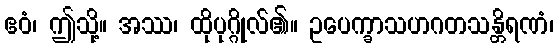
ဧဝံ၊ ဤသို့။ အဿ၊ ထိုပုဂ္ဂိုလ်၏။ ဥပေက္ခာသဟဂတသန္တိရဏံ၊